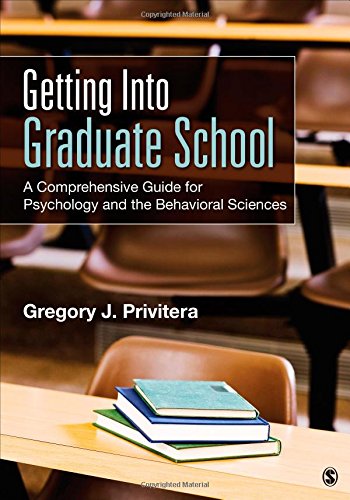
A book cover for Getting Into Graduate School: A Comprehensive Guide for Psychology and the Behavioral Sciences; Gregory J. Privitera; Education & Teaching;